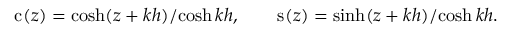
\mathrm { c } _ { } ( z ) = { \cosh ( z + k h ) } / { \cosh k h } , \qquad \mathrm { s } _ { } ( z ) = { \sinh ( z + k h ) } / { \cosh k h } .